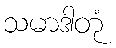
သမာဒါတုံ